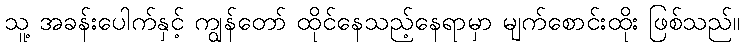
သူ့ အခန်းပေါက်နှင့် ကျွန်တော် ထိုင်နေသည့်နေရာမှာ မျက်စောင်းထိုး ဖြစ်သည်။